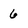
Character: 6